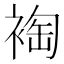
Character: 裪